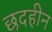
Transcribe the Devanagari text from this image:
छदहीन